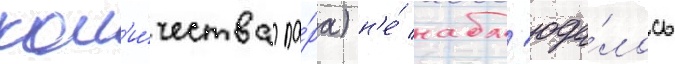
кол'и́чества па́ра) н'е́ набл'юда́лось